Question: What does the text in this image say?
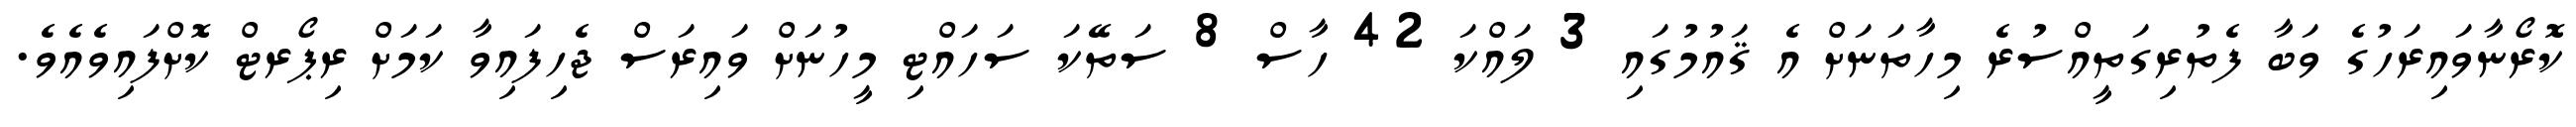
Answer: ކޮރޯނާވައިރަހުގެ ވަބާ ފެތުރިގަތީއްސުރެ މިހާތަނަށް އެ ޤައުމުގައި 3 ލައްކަ 42 ހާސް 8 ސަތޭކަ ސަހައްޓި މީހުނަށް ވައިރަސް ޖެހިފައިވާ ކަމަށް ރިޕޯރޓް ކޮށްފައިވެއެވެ.